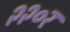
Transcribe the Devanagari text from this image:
२२०र